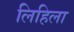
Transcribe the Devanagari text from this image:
लिहिला